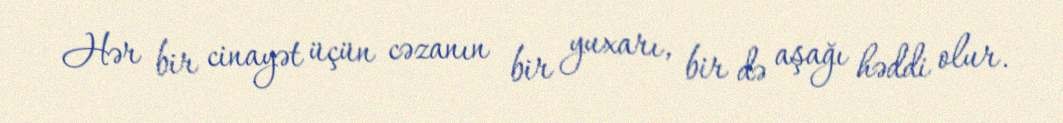
Hər bir cinayət üçün cəzanın bir yuxarı, bir də aşağı həddi olur.